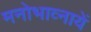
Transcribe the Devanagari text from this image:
मनोभाव्नायें